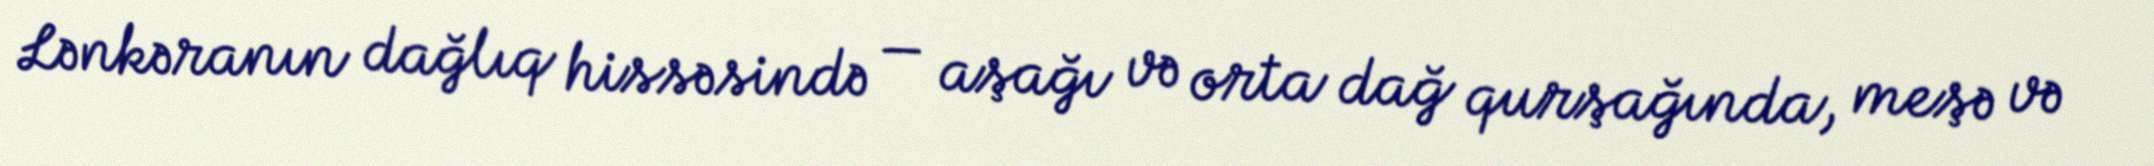
Lənkəranın dağlıq hissəsində — aşağı və orta dağ qurşağında, meşə və